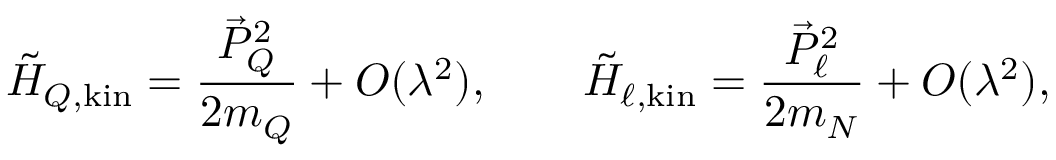
\tilde { \cal H } _ { Q , \mathrm { k i n } } = { \frac { \vec { P } _ { Q } ^ { 2 } } { 2 m _ { Q } } } + { \cal O } ( \lambda ^ { 2 } ) , \qquad \tilde { \cal H } _ { \ell , \mathrm { k i n } } = { \frac { \vec { P } _ { \ell } ^ { 2 } } { 2 m _ { N } } } + { \cal O } ( \lambda ^ { 2 } ) ,